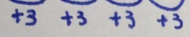
+ 3 + 3 + 3 + 3